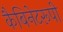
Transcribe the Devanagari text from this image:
कैबिनेटरूपी